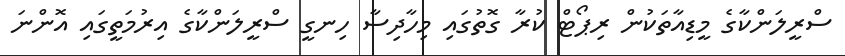
ސްރީލަންކާގެ މީޑިއާތަކުން ރިޕޯޓް ކުރާ ގޮތުގައި މިހާދިސާ ހިނގީ ސްރީލަންކާގެ އިރުމަތީގައި އޮންނަ